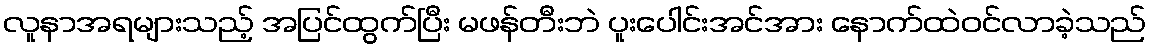
လူနာအရများသည့် အပြင်ထွက်ပြီး မဖန်တီးဘဲ ပူးပေါင်းအင်အား နောက်ထဲဝင်လာခဲ့သည်